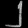
Digit: ၂